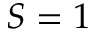
S = 1